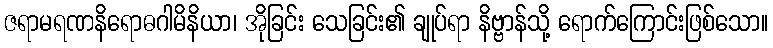
ဇရာမရဏနိရောဓဂါမိနိယာ၊ အိုခြင်း သေခြင်း၏ ချုပ်ရာ နိဗ္ဗာန်သို့ ရောက်ကြောင်းဖြစ်သော။